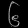
Digit: ၆